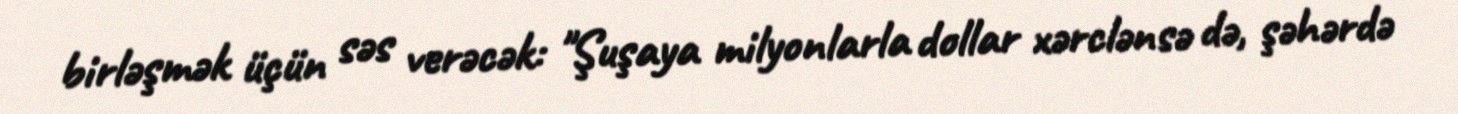
birləşmək üçün səs verəcək: "Şuşaya milyonlarla dollar xərclənsə də, şəhərdə